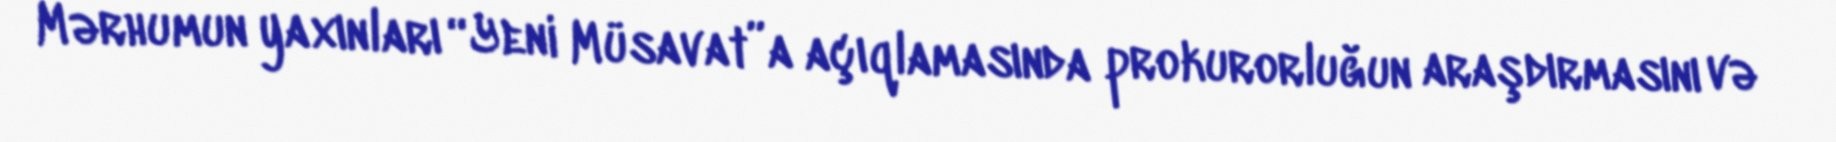
Mərhumun yaxınları “Yeni Müsavat”a açıqlamasında prokurorluğun araşdırmasını və